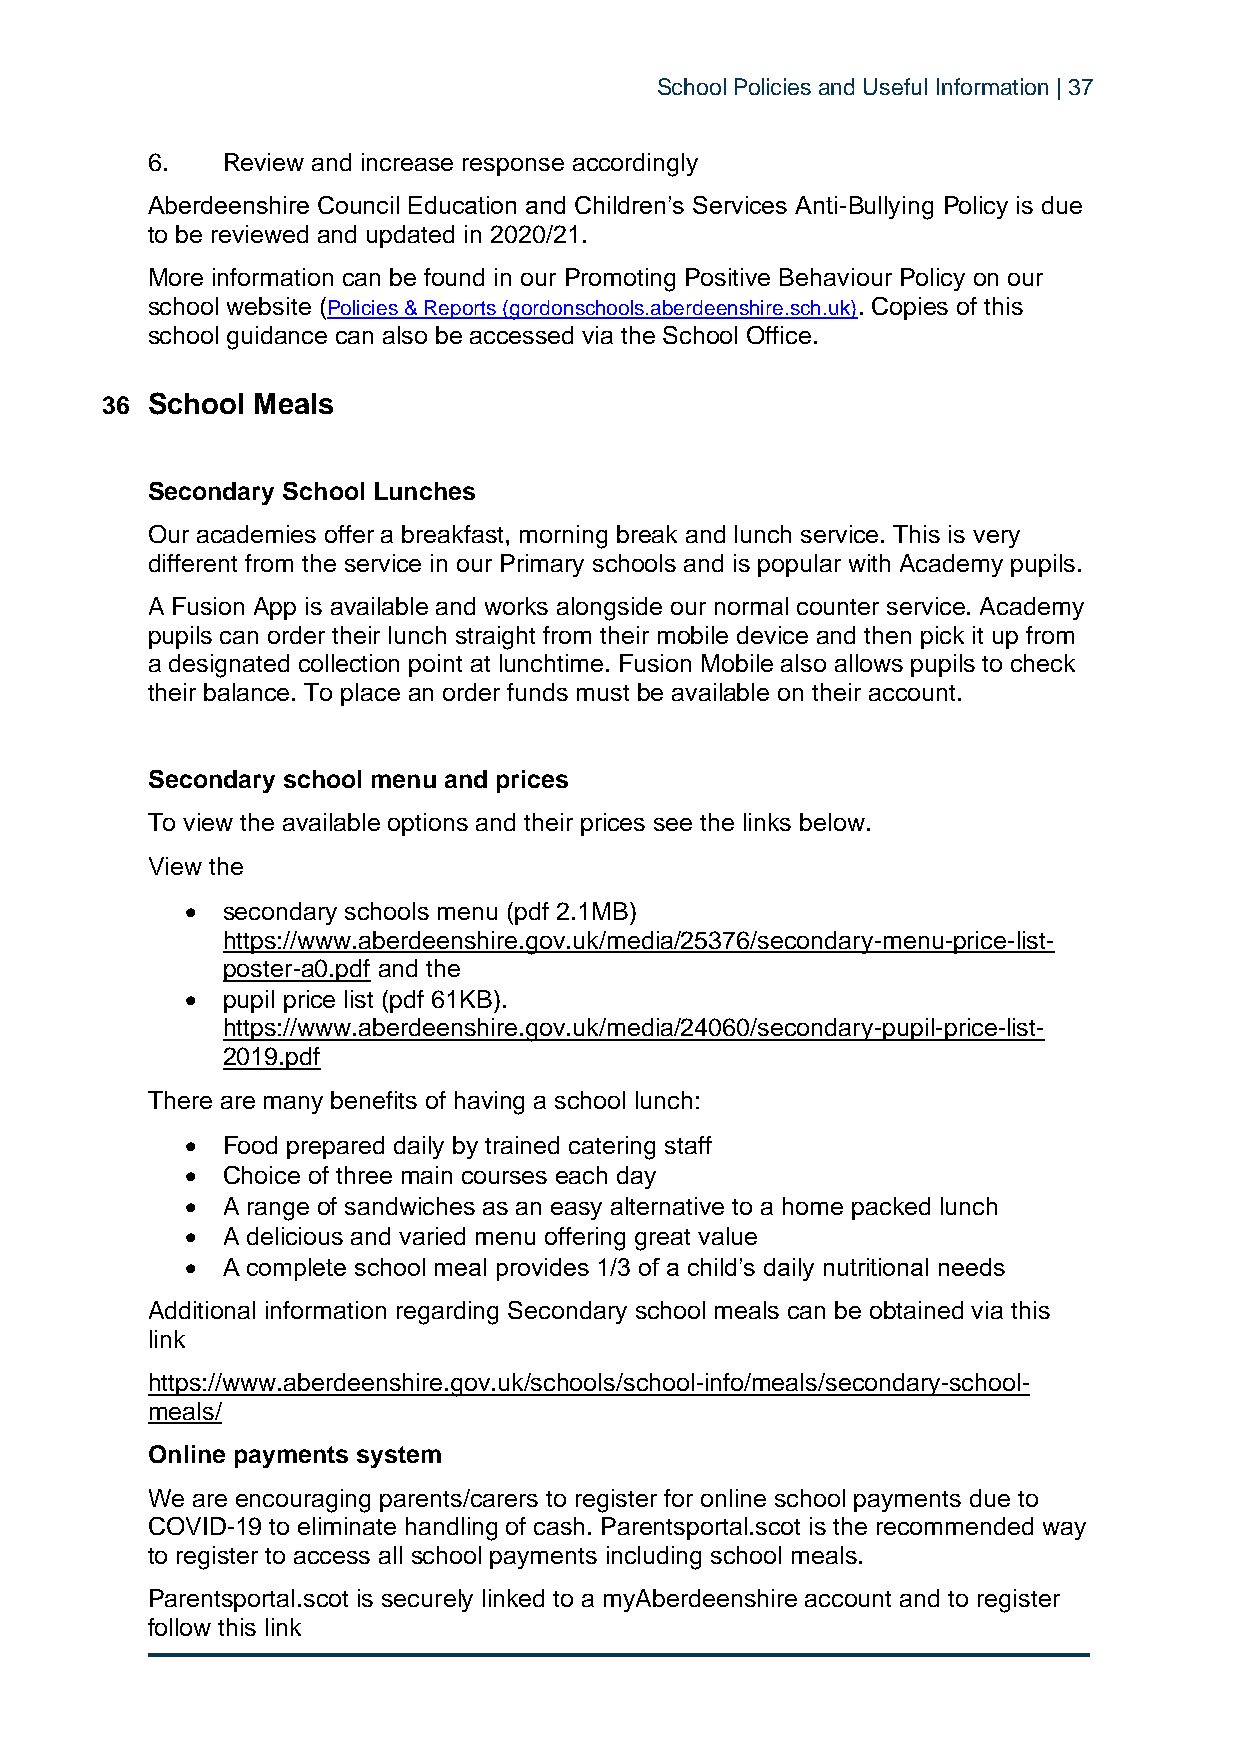
School Policies and Useful Information | 37
 6.   Review and increase response accordingly
 Aberdeenshire Council Education and Children’s Services Anti-Bullying Policy is due
 to be reviewed and updated in 2020/21.
 More information can be found in our Promoting Positive Behaviour Policy on our
 school website (Policies & Reports (gordonschools.aberdeenshire.sch.uk). Copies of this
 school guidance can also be accessed via the School Office.
 36 School Meals
 Secondary School Lunches
 Our academies offer a breakfast, morning break and lunch service. This is very
 different from the service in our Primary schools and is popular with Academy pupils.
 A Fusion App is available and works alongside our normal counter service. Academy
 pupils can order their lunch straight from their mobile device and then pick it up from
 a designated collection point at lunchtime. Fusion Mobile also allows pupils to check
 their balance. To place an order funds must be available on their account.
 Secondary school menu and prices
 To view the available options and their prices see the links below.
 View the
 •  secondary schools menu (pdf 2.1MB)
 https://www.aberdeenshire.gov.uk/media/25376/secondary-menu-price-list-
 poster-a0.pdf and the
 •  pupil price list (pdf 61KB).
 https://www.aberdeenshire.gov.uk/media/24060/secondary-pupil-price-list-
 2019.pdf
 There are many benefits of having a school lunch:
 •  Food prepared daily by trained catering staff
 •  Choice of three main courses each day
 •  A range of sandwiches as an easy alternative to a home packed lunch
 •  A delicious and varied menu offering great value
 •  A complete school meal provides 1/3 of a child’s daily nutritional needs
 Additional information regarding Secondary school meals can be obtained via this
 link
 https://www.aberdeenshire.gov.uk/schools/school-info/meals/secondary-school-
 meals/
 Online payments system
 We are encouraging parents/carers to register for online school payments due to
 COVID-19 to eliminate handling of cash. Parentsportal.scot is the recommended way
 to register to access all school payments including school meals.
 Parentsportal.scot is securely linked to a myAberdeenshire account and to register
 follow this link